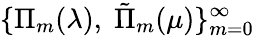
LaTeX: \{ \Pi_{m}(\lambda),\; \tilde{\Pi}_{m}(\mu)\} _{m=0}^{\infty}